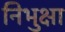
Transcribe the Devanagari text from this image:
निभुक्षा